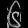
Digit: ၆